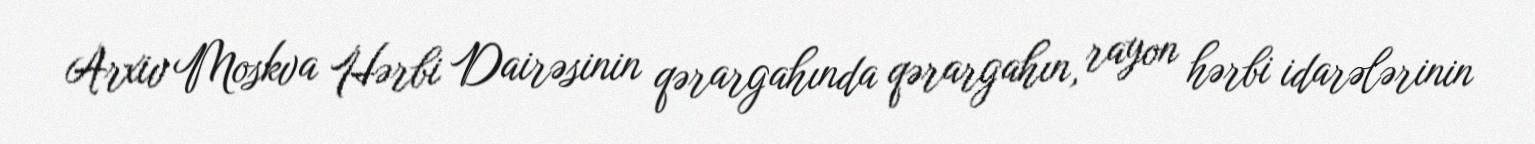
Arxiv Moskva Hərbi Dairəsinin qərargahında qərargahın, rayon hərbi idarələrinin